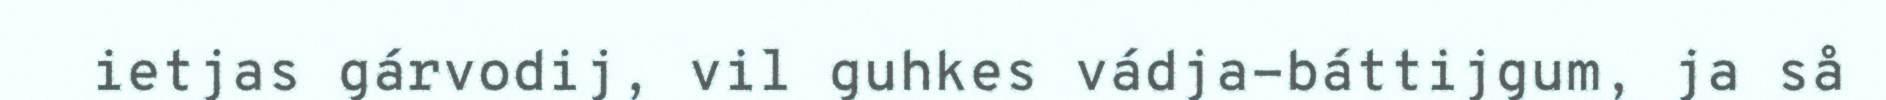
ietjas gárvodij, vil guhkes vádja-báttijgum, ja så